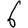
Digit: 6